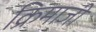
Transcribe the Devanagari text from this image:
क्रिमाजी